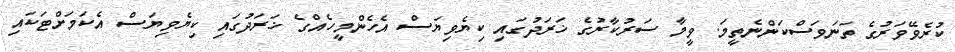
ކުރެވޭވަރުގެ ތަނަވަސްކަންނެތީމަ. ވީމާ ސަރުކާރުގެ ޚަރަދުގައި ކިޔެވިޔަސް އެހެންމީހެއްގެ ޚަރަދުގައި ކިޔެވިޔަސް އެކަމަށްޓަކައި